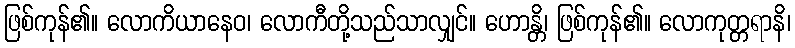
ဖြစ်ကုန်၏။ လောကိယာနေဝ၊ လောကီတို့သည်သာလျှင်။ ဟောန္တိ၊ ဖြစ်ကုန်၏။ လောကုတ္တရာနိ၊